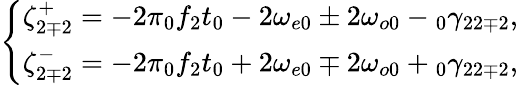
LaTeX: \left\{ \begin{array}{c}{\zeta_{2\mp 2}^{+}=-2\pi\phantom{}_{0}f_{2}t_{0}-2\omega_{e0}\pm 2\omega_{o0}-\phantom{}_{0}\gamma_{22\mp 2},}\\ {\zeta_{2\mp 2}^{-}=-2\pi\phantom{}_{0}f_{2}t_{0}+2\omega_{e0}\mp 2\omega_{o0}+\phantom{}_{0}\gamma_{22\mp 2},}\end{array}\right.